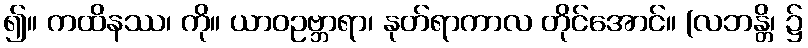
၍။ ကထိနဿ၊ ကို။ ယာဝဥဗ္ဘာရာ၊ နုတ်ရာကာလ တိုင်အောင်။ (လဘန္တိ၊ ၌